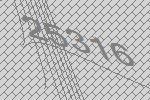
25316